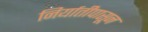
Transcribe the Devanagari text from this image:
निर्यातीपासून